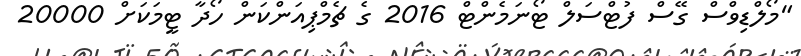
"މޯލްޑިވްސް ގޭސް ފުޓްސަލް ޓޯނަމެންޓް 2016 ގެ ޗެމްޕިއަންކަން ހޯދާ ޓީމަކަށް 20000